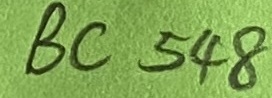
Text: BC548